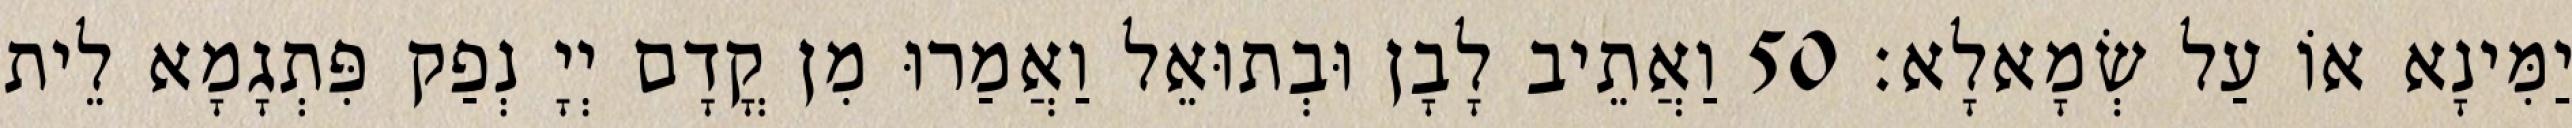
יַמִּינָא אוֹ עַל שְׂמָאלָא׃ 50 וַאֲתֵיב לָבָן וּבְתוּאֵל וַאֲמַרוּ מִן קֳדָם יְיָ נְפַק פִּתְגָמָא לֵית